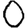
Digit: 0